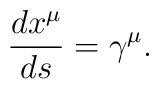
\frac{dx^\mu }{ds}=\gamma ^\mu .